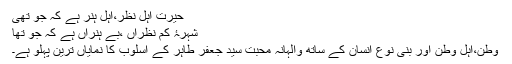
حیرت اہل نظر،اہل ہنر ہے کہ جو تھی
شہرۂ کم نظراں ،بے ہنراں ہے کہ جو تھا
وطن،اہل وطن اور بنی نوع انسان کے ساتھ والہانہ محبت سید جعفر طاہر کے اسلوب کا نمایاں ترین پہلو ہے۔